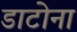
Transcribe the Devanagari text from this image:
डाटोना